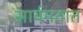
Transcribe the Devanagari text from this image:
सार्वमतात